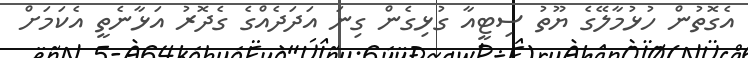
އެގޮތުން ހުޅުމާލޭގެ ޔޫތު ސިޓީއާ ގުޅިގެން ގިނަ އަދަދެއްގެ ގެދޮރު އަޅާނެތީ އެކަމަށް